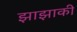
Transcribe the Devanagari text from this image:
झाझाकी